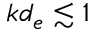
k d _ { e } \lesssim 1